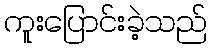
ကူးပြောင်းခဲ့သည်